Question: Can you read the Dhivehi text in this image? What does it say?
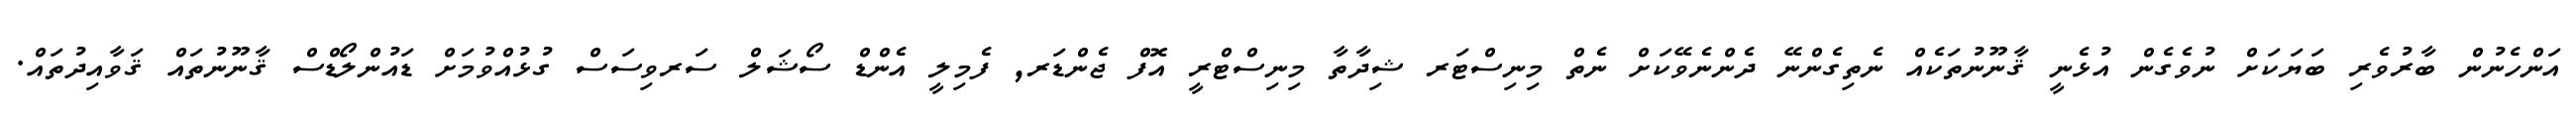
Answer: އަންހެނުން ބާރުވެރި ބަޔަކަށް ނުވެގެން އުޅެނީ ޤާނޫނުތަކެއް ނެތިގެންނޭ ދެންނެވޭކަށް ނެތް މިނިސްޓަރ ޝިދާތާ މިނިސްޓްރީ އޮފް ޖެންޑަރ, ފެމިލީ އެންޑް ސޯޝަލް ސަރވިސަސް ގުޅުއްވުމަށް ޑައުންލޯޑްސް ޤާނޫނުތައް ޤަވާއިދުތައް.